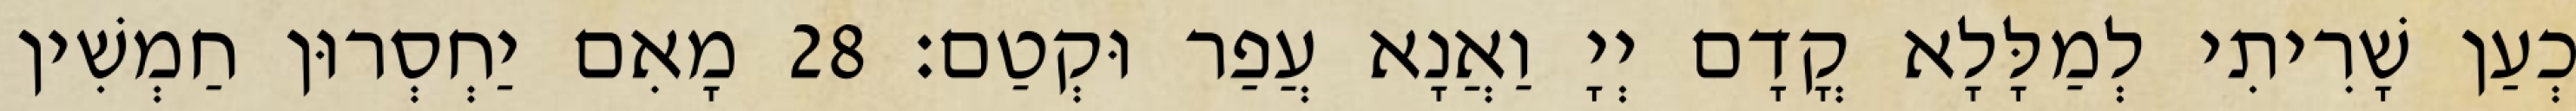
כְעַן שָׁרִיתִי לְמַלָּלָא קֳדָם יְיָ וַאֲנָא עֲפַר וּקְטַם׃ 28 מָאִם יַחְסְרוּן חַמְשִׁין